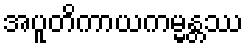
အပူတိကာယကမ္မန္တဿ